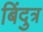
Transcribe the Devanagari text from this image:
बिंदुत्र